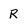
Character: R